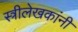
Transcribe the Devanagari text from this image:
स्त्रीलेखकांनी